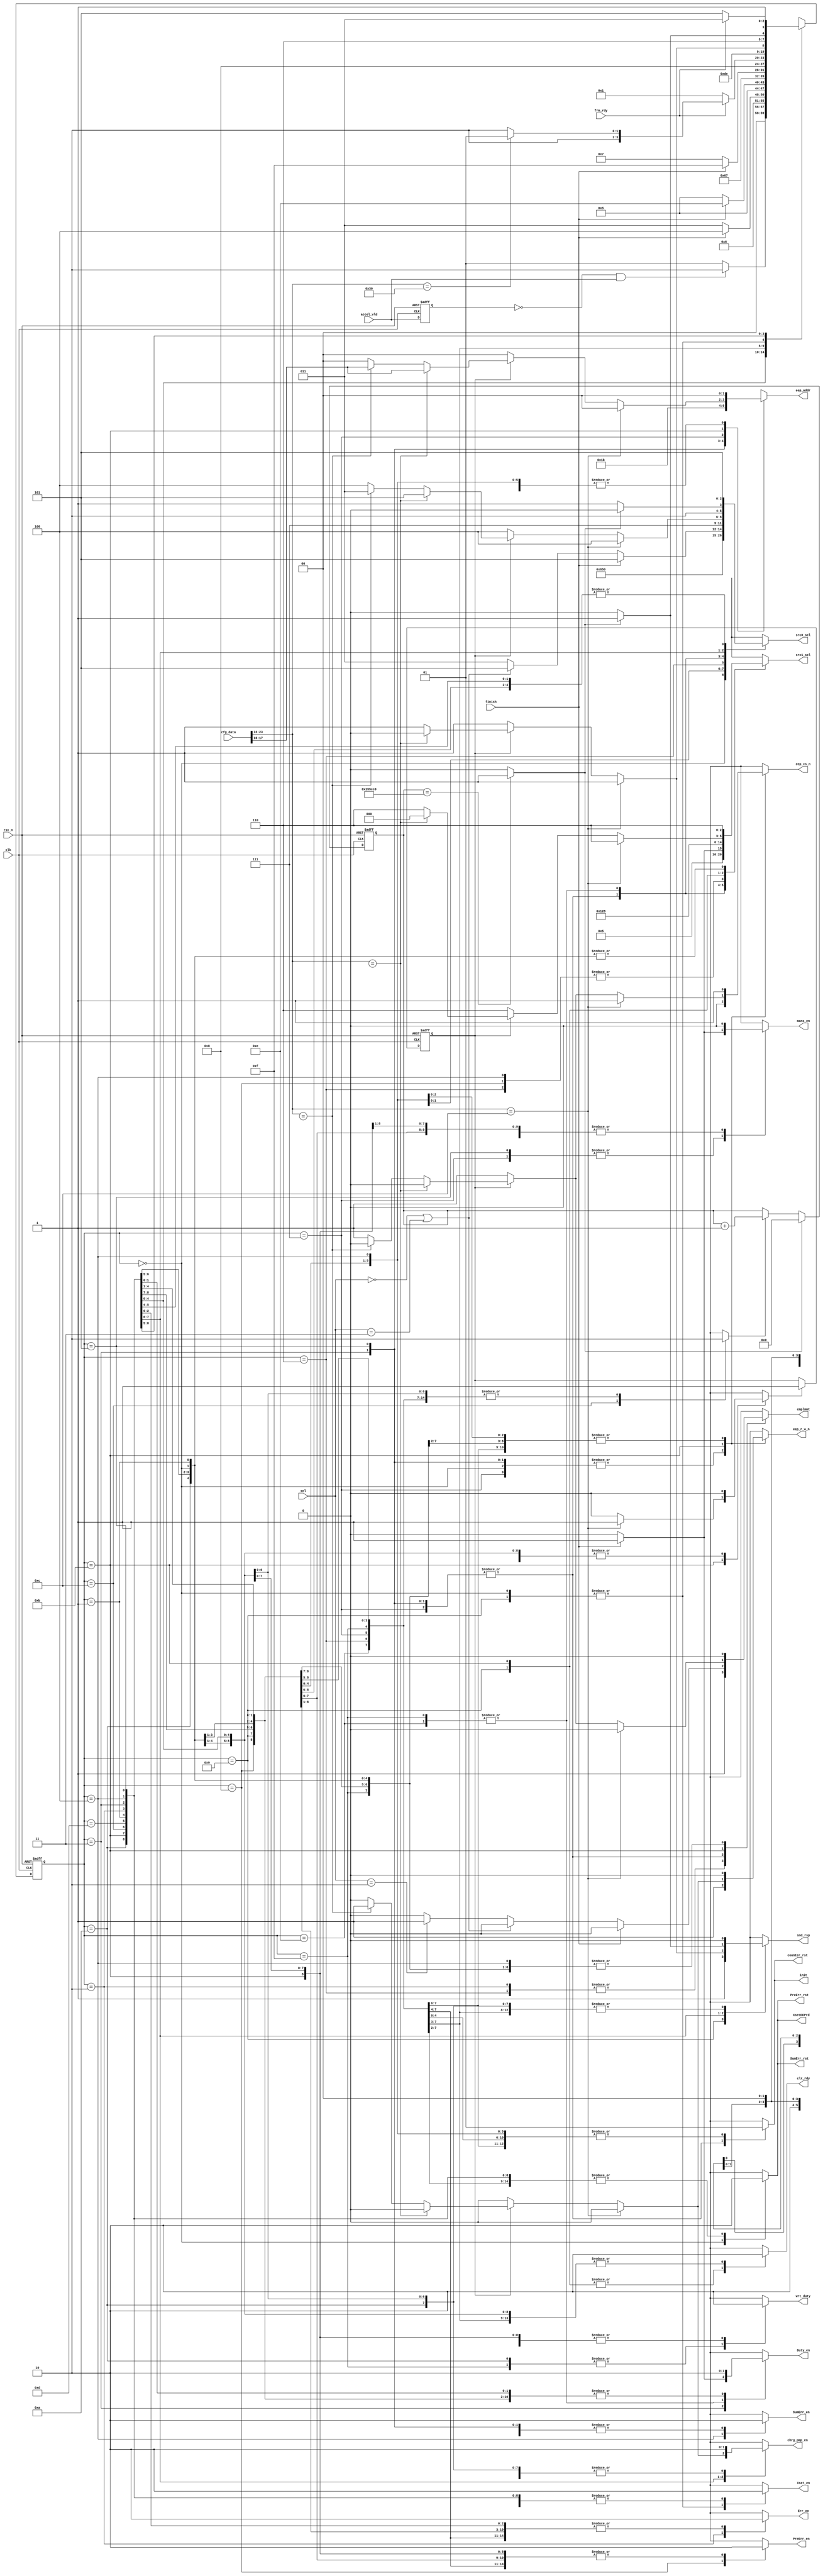
module mathSM(accel_vld, clk, rst_n, Duty_en, Err_en, frm_rdy, PreErr_en, Xset_en, SumErr_en, mans_en, counter_rst, sel, cmplmnt, src1_sel, src0_sel, finish, eep_addr, eep_cs_n, eep_r_w_n, init, SumErr_rst, PreErr_rst, chrg_pmp_en,cfg_data,snd_rsp,clr_rdy, wrt_duty, XsetEEPrd);
//finish is asserted when counter is 13
input accel_vld, clk, rst_n, finish, frm_rdy;
//least significant bits of Preg
input [1:0] sel;
//enables for registers, init is asserted choose dst value, else shift right
output reg Duty_en, Err_en, PreErr_en, Xset_en, SumErr_en, mans_en, counter_rst, cmplmnt, init,snd_rsp,clr_rdy;
//select signal for ALU's muxes
output reg [2:0] src1_sel, src0_sel;
reg check_accel;
//if accel_became_vld is one, accel_vld is rised
wire accel_became_vld;
reg [3:0] state, nxt_state;
//eeprom chip_select, eeprom read write enable
output reg eep_cs_n, eep_r_w_n,chrg_pmp_en; 
//eeprom address
output reg [1:0] eep_addr;
//SumErr and PreErr register rst
output reg SumErr_rst, PreErr_rst;
output reg wrt_duty;
output reg XsetEEPrd;
input [23:0] cfg_data;
reg [9:0] WRT_EEP = 6'b000010xx00;
reg [9:0] READ_EEP = 6'b000001xx00;
reg [9:0] START_CM = 6'b0000001100;
reg [9:0] NEW_XSET = 6'b0000110000;
wire counte3ms;
reg[20:0] cntr;
reg in_CM;
reg in_CMS;
reg toCount;
localparam LD_Xset = 4'b0000;
localparam Wait_accel_vld = 4'b0001;
localparam Calc_err = 4'b0010;
localparam Pmult = 4'b0011;
localparam SumErr = 4'b0100;
localparam Imult = 4'b0101;
localparam DmultPrep = 4'b0110;
localparam Dmult = 4'b0111;
localparam PrevErr = 4'b1000;
localparam XSET = 4'b1001;
localparam Clear_PWM = 4'b1010;
localparam CMDINTR = 4'b1011;
localparam Write_EEPROM = 4'b1100;
localparam CMDloop = 4'b1101;
localparam Iadd = 4'b1110;
localparam Dadd = 4'b1111;
//////////////////////////////////////
// check if the accel_valid rises////
/////////////////////////////////////
assign accel_became_vld = (~check_accel) & accel_vld;

always@(posedge clk, negedge rst_n)
	if(!rst_n)
		check_accel <= 0;
 	else 
  	check_accel <= accel_vld;

always@(posedge clk, negedge rst_n)
	if(!rst_n)
	 	state <= LD_Xset;
	else 
  	state <= nxt_state;

always@(*)
	begin
		//All the register are diabled as default
		Duty_en = 1'b0; 
		Err_en = 1'b0;
		PreErr_en = 1'b0;
		Xset_en = 1'b0;
		snd_rsp = 1'b0;
		src0_sel = 3'b101;
		src1_sel = 3'b110;
		SumErr_en = 1'b0;
	//	EEP_en = 1'b0;
		wrt_duty = 1'b0;
		//cmplmnt is 0 as default
		cmplmnt = 1'b0;
		clr_rdy = 1'b0;
		// Preg choose dst as default
		init = 1'b1;
		// counter_rst is one that counter is alway 0 as default
		counter_rst = 1'b1;
		//SumErr_rst and PreErr_rst are 0 that not reset
		SumErr_rst = 1'b0;
		XsetEEPrd = 1'b0; // If directly read from EEP to Xset
		PreErr_rst = 1'b0;
		eep_cs_n = 1'b1; // chip is disabled as default
		in_CM = 1'b0;
		eep_r_w_n = 1'b0; //chip is read as default
		eep_addr = 2'b00; // address is Xset as default
		nxt_state = LD_Xset;
		chrg_pmp_en = 1'b0;
		mans_en = 1'b0;
		toCount = 1'b0;

case(state)
	LD_Xset:
  		begin
		src1_sel = 3'b110; //choose 0x000
		SumErr_rst = 1'b1; //SumErr is 0
		PreErr_rst = 1'b1; //PreErr is 0-
//		EEP_en = 1'b1;
		src0_sel = 3'b011; // choose eeprom
		eep_cs_n = 1'b0;
        eep_r_w_n = 1'b1;
		cmplmnt = 0;    
		Xset_en = 1; //enable Xset register
		XsetEEPrd = 1'b1; // Read EEP rd data to Xset
		nxt_state = Wait_accel_vld; //jump to Wait state
  		end

	Wait_accel_vld:
		begin
		Xset_en = 0;//diable Xset
		if(accel_became_vld)
			//accel_became_vld is asserted, jump to Calc_err  
			nxt_state = Calc_err;
		else
			nxt_state = Wait_accel_vld;
 		 end
 
	Calc_err:
		begin
		nxt_state = Pmult; 
		src1_sel = 3'b001;// choose Xmeas
		src0_sel = 3'b001;// choose Xset
		cmplmnt = 1'b1; //Xmeas - Xset
	//	eep_cs_n = 0; //chip select is on
	//	eep_r_w_n = 1;  //read from EEprom
	//	eep_addr = 2'b01;// 01 is for P
		Err_en = 1'b1; //enable the Err register
		end
 
	Pmult:
	begin
		//Preg is dst value that is Err from last step
        eep_cs_n = 0; //chip select is on
		eep_r_w_n = 1;  //read from EEprom
		eep_addr = 2'b01;// 01 is for P

		init = 1'b0;// Preg is shifted value now
		counter_rst = 1'b0; //counter could increments now
		if(!finish) //counter != 13
		begin
			src1_sel = 3'b010;// choose Preg[28:15]
			if(sel == 2'b00 || sel == 2'b11) // if the last two bits of 
      		//Preg is 00 and 11, choose 0x000
				src0_sel = 3'b101;
				else if(sel == 2'b10) 
				begin
					cmplmnt = 1'b1; //minus 
					src0_sel = 3'b011; //choose P
				end
				else
					src0_sel = 3'b011; //choose P
					nxt_state = Pmult; // jump back to the state
		end
		else
   		begin
			src1_sel = 3'b011; //choose Preg[25;12]
			src0_sel = 3'b101; //choose 0x00
			nxt_state = SumErr; // jump to next state
			Duty_en = 1'b1; // enable Duty register
		end
	end
 
	SumErr:
	begin
		nxt_state = Imult; // jump to next state
		SumErr_en = 1'b1; // enable SumErr register
		src1_sel = 3'b101; // choose value in Reg Err
		src0_sel = 3'b010; // choose value in Reg SumErr
	//	eep_cs_n = 0;//chip select is on
	//	eep_r_w_n = 1; //read from EEprom
	//	eep_addr = 2'b10; // 10 is for I
	//	EEP_en = 1;
	end
 
	Imult:
	begin
		//Preg is dst value that is SumErr from last step
		eep_cs_n = 0;//chip select is on
		eep_r_w_n = 1; //read from EEprom
		eep_addr = 2'b10; // 10 is for I

		init = 1'b0;// Preg is shifted value now
		counter_rst = 1'b0;//counter could increments now
		if(!finish)
			begin
			src1_sel = 3'b010;// choose Preg[28:15]
			/*eep_cs_n = 0;//chip select is on
			eep_r_w_n = 1; //read from EEprom
			eep_addr = 2'b10; // 10 is for I */
			if(sel == 2'b00 || sel == 2'b11) // if the last two bits of 
				//Preg is 00 and 11, choose 0x000
				src0_sel = 3'b101;
			else if(sel == 2'b10)
				begin
				cmplmnt = 1'b1;//minus 
				src0_sel = 3'b011;//choose I
				end
			else
			src0_sel = 3'b011;//choose I
			nxt_state = Imult;// jump back to the state
			end
		else
			begin
			src1_sel = 3'b011;//choose Preg[25;12]
		//	src0_sel = 3'b110;//choose value in Reg Duty
			nxt_state = Iadd;// jump to next state
		//	Duty_en = 1'b1;// enable Duty register
            mans_en = 1'b1;
			end
	end

    Iadd: 

			begin
			src1_sel = 3'b100;//choose Preg[25;12]
			src0_sel = 3'b111;//choose value in Reg Duty
			nxt_state = DmultPrep;// jump to next state
			Duty_en = 1'b1;// enable Duty register
			end
 
	DmultPrep:
		begin
		nxt_state = Dmult; // jump to next state
		src1_sel = 3'b101; // choose value in Reg Err
		src0_sel = 3'b000;// choose value in Reg PrevErr
		cmplmnt = 1'b1; // minus
	//	eep_cs_n = 0;//chip select is on
	//	eep_r_w_n = 1;//read from EEprom
	//	eep_addr = 2'b11;// 11 is for D
	//	EEP_en = 1;
		end
 
	Dmult: 
		begin
		eep_cs_n = 0;//chip select is on
		eep_r_w_n = 1;//read from EEprom
		eep_addr = 2'b11;// 11 is for D

		//Preg is dst value that is Derr from last step
		init = 1'b0;// Preg is shifted value now
		counter_rst = 1'b0;//counter could increments now
		if(!finish)
			begin
			src1_sel = 3'b010;// choose Preg[28:15]
			if(sel == 2'b00 || sel == 2'b11)
 				src0_sel = 3'b101;
			else if(sel == 2'b10)// if the last two bits of 
			//Preg is 00 and 11, choose 0x000
				begin
				cmplmnt = 1'b1; //minus 
				src0_sel = 3'b011; // choose D
				end
			else
     			src0_sel = 3'b011; // choose D
			
			nxt_state = Dmult; // jump back to the state
			end
		else
			begin
			src1_sel = 3'b011; //choose Preg[25;12]
			//src0_sel = 3'b110; //choose value in Reg Duty
			nxt_state = Dadd; // jump to the next state
			//Duty_en = 1'b1; // enable Duty Reg
			mans_en = 1'b1;
              //          wrt_duty = 1'b1;
			end   
		end

    Dadd: 

			begin
			src1_sel = 3'b100;//choose Preg[25;12]
			src0_sel = 3'b111;//choose value in Reg Duty
			nxt_state = PrevErr;// jump to next state
			Duty_en = 1'b1;// enable Duty register
            wrt_duty = 1'b1;
			end


	PrevErr:
		begin
		src1_sel = 3'b101; // choose value in Reg Err
		src0_sel = 3'b101; // choose 0x000
		PreErr_en = 1'b1; // enable the PrevErr Reg
		//wrt_duty = 1'b1;
		if(frm_rdy)
			if(cfg_data[23:14] == NEW_XSET) 
				nxt_state = XSET;
			else 
				nxt_state = Clear_PWM;
		else
			nxt_state = Wait_accel_vld; // jump back to the state
		end 
  
	XSET:
		begin
		src1_sel = 3'b000;
		Xset_en = 1;
		snd_rsp = 1;	
		clr_rdy = 1;
		nxt_state = Wait_accel_vld;
  		end
  
 	Clear_PWM:
		begin
		src1_sel = 3'b110;
		src0_sel = 3'b101;
		wrt_duty = 1'b1;
		nxt_state = CMDINTR;
		end
    
	CMDINTR:
		begin 
		clr_rdy = 1;      //clear frm_rdy
		src1_sel = 3'b110;
		if (cfg_data[23:14] == START_CM) begin
					in_CM = 1;
					src1_sel = 3'b110;
					src0_sel = 3'b100;
					snd_rsp = 1;
					nxt_state = CMDloop;
		end

		else if (in_CMS)
			casex(cfg_data[23:14])
				WRT_EEP :
					begin
					eep_r_w_n = 0;
					eep_cs_n = 0;
					eep_addr = cfg_data[17:16];
				 	src1_sel = 3'b000;
					nxt_state = Write_EEPROM;
					end	
				READ_EEP :
					begin
					eep_addr = cfg_data[17:16];
					src1_sel = 3'b110;
					src0_sel = 3'b011;
					eep_r_w_n = 1;
					eep_cs_n = 0;
					chrg_pmp_en = 1;
					snd_rsp = 1;	
					nxt_state = CMDloop;
					end	
			default:
				begin
					src1_sel = 3'b110;
					src0_sel = 3'b100;
					snd_rsp = 1;
					cmplmnt = 1;
					nxt_state = CMDloop;
				end
  			endcase
		else // If not in command mode
			begin
			src1_sel = 3'b110;
			src0_sel = 3'b100;
			snd_rsp = 1;
			cmplmnt = 1;
			nxt_state = CMDloop;
		end
  	end // end state

	Write_EEPROM:
		begin
		chrg_pmp_en = 1;
		toCount = 1;
		if(counte3ms) 
			begin
			src1_sel = 3'b110;
			src0_sel = 3'b100;
			snd_rsp = 1;
			nxt_state = CMDloop;
			end
		else
			nxt_state = Write_EEPROM;
		end

	CMDloop:
		if(frm_rdy)
			nxt_state = CMDINTR;
		else
			nxt_state = CMDloop;


		//default: nxt_state = 4'bx; // default state
 
	endcase
	end

always@(posedge clk, negedge rst_n)
	if(!rst_n)
		cntr <= 0;
	else if(counte3ms)
		cntr <= 0;
	else if(toCount)
		cntr <= cntr + 1;
	

assign counte3ms = (cntr == 21'h155cc0)? 1:0;

always@(posedge clk, negedge rst_n)
	if(!rst_n)
		in_CMS <= 0;	
	else if(in_CM)
		in_CMS <= 1;
	else
		in_CMS <= in_CMS;
	

endmodule